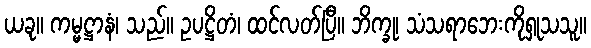
ယခု။ ကမ္မဋ္ဌာနံ၊ သည်။ ဥပဋ္ဌိတံ၊ ထင်လတ်ပြီ။ ဘိက္ခု၊ သံသရာဘေးကိုရှုသသူ။